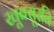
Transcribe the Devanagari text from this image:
खूबसूरति